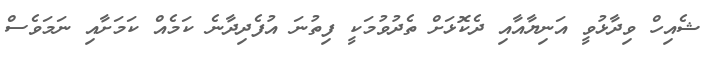
ޝެއިހް ވިދާޅުވީ އަނިޔާއާއި ދެކޮޅަށް ތެދުވުމަކީ ފިތުނަ އުފެދިދާނެ ކަމެއް ކަމަށާއި ނަމަވެސް